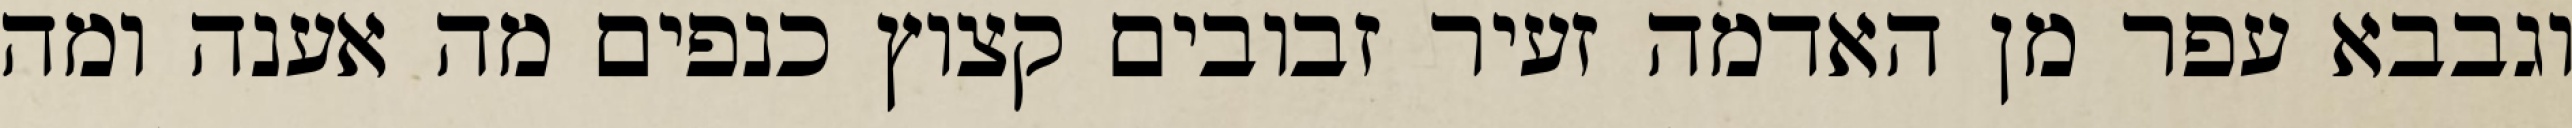
וגבבא עפר מן האדמה זעיר זבובים קצוץ כנפים מה אענה ומה